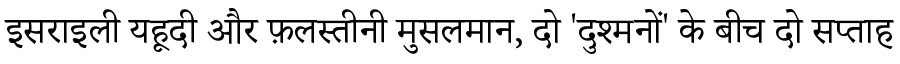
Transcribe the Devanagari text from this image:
इसराइली यहूदी और फ़लस्तीनी मुसलमान, दो 'दुश्मनों' के बीच दो सप्ताह